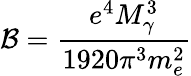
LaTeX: \mathcal{B}=\frac{e^{4}M_{\gamma}^{3}}{1920\pi^{3}m_{e}^{2}}